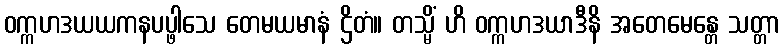
ဝက္ကဟဒယယကနပပ္ဖါသေ တေမယမာနံ ဌိတံ။ တသ္မိံ ဟိ ဝက္ကဟဒယာဒီနိ အတေမေန္တေ သတ္တာ